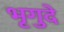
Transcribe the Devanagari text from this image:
भृगुदे